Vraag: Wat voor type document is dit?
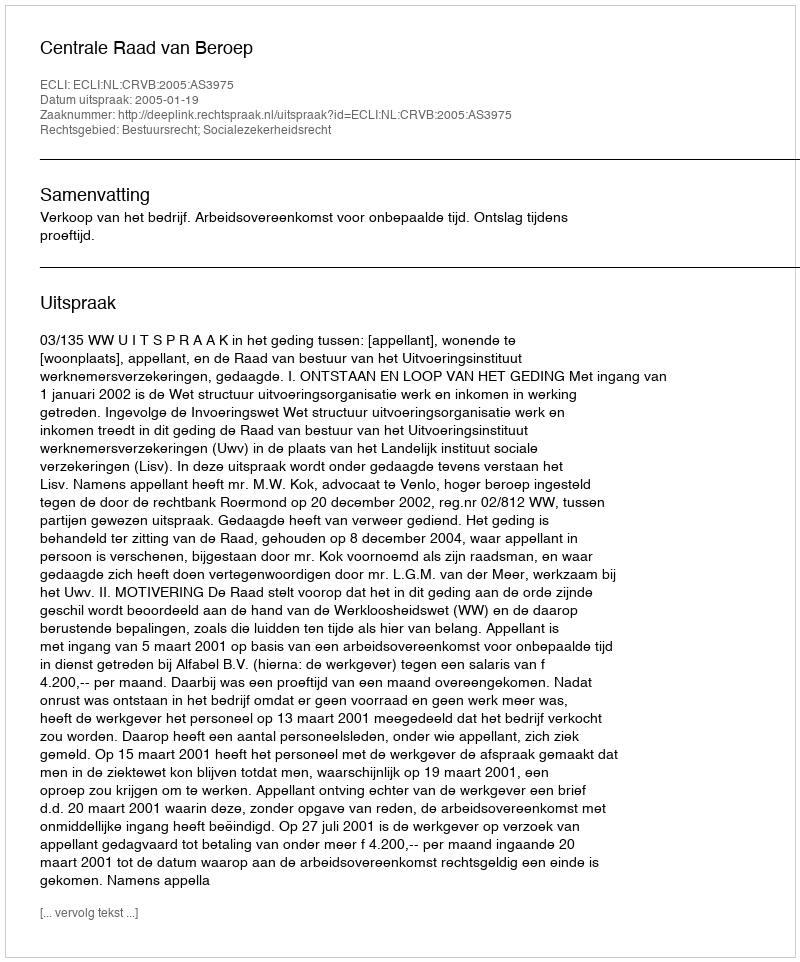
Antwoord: Uitspraak